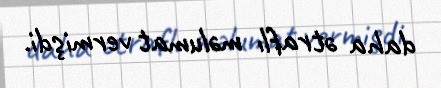
daha ətraflı məlumat vermişdi.